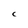
Character: C